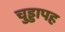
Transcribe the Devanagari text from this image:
चुड्डापह